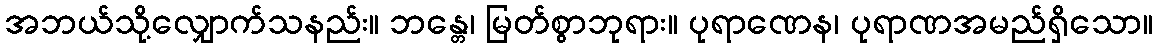
အဘယ်သို့လျှောက်သနည်း။ ဘန္တေ၊ မြတ်စွာဘုရား။ ပုရာဏေန၊ ပုရာဏအမည်ရှိသော။